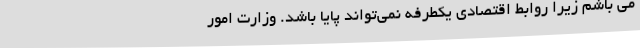
می باشم زیرا روابط اقتصادی یکطرفه نمی‌تواند پایا باشد. وزارت امور